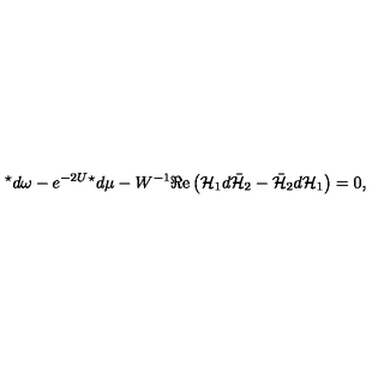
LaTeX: { } ^ { \star } d \omega - e ^ { - 2 U } { } ^ { \star } d \mu - W ^ { - 1 } \Re \mathrm { e } \left( { \cal H } _ { 1 } d \bar { \cal H } _ { 2 } - \bar { \cal H } _ { 2 } d { \cal H } _ { 1 } \right) = 0 ,